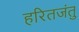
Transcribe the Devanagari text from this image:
हरितजंतु